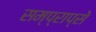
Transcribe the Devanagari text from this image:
सम्प्राप्से